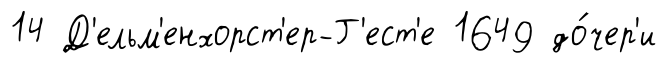
14 Д'ельм'енхорст'ер-Г'ест'е 1649 до́чер'и